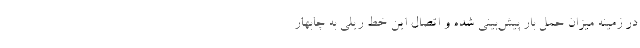
در زمینه میزان حمل بار پیش‌بینی شده و اتصال این خط ریلی به چابهار